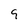
Character: 9